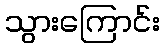
သွားကြောင်း